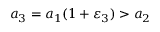
a _ { 3 } = a _ { 1 } ( 1 + \varepsilon _ { 3 } ) > a _ { 2 }